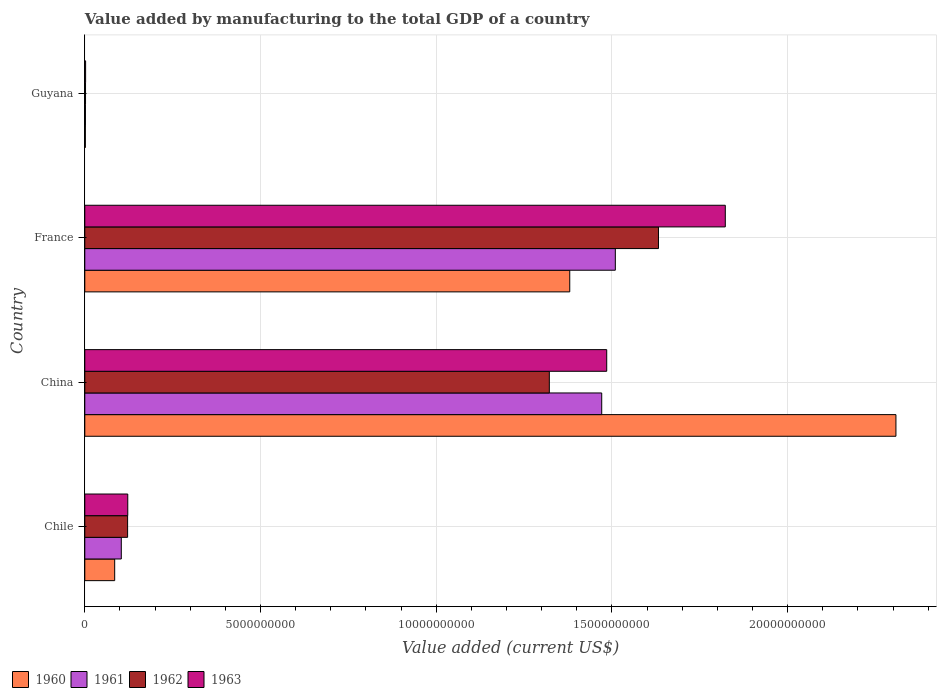
| Country | 1960 | 1961 | 1962 | 1963 |
 | --- | --- | --- | --- | --- |
 | Chile | 8.51e+08 | 1.04e+09 | 1.22e+09 | 1.22e+09 |
 | China | 2.31e+10 | 1.47e+10 | 1.32e+10 | 1.49e+10 |
 | France | 1.38e+10 | 1.51e+10 | 1.63e+10 | 1.82e+10 |
 | Guyana | 1.59e+07 | 1.84e+07 | 2.08e+07 | 2.32e+07 |